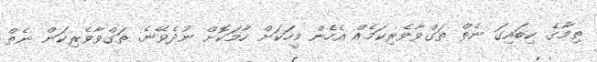
ތިމާގެ ކިބައިގަ ނެތް ތަގްވާވެރިކަމެއް އެހެން މީހަކަށް ހާމަކޮށް ނުދެވޭނެ. ތަގްވާވެރިކަން ނެތް